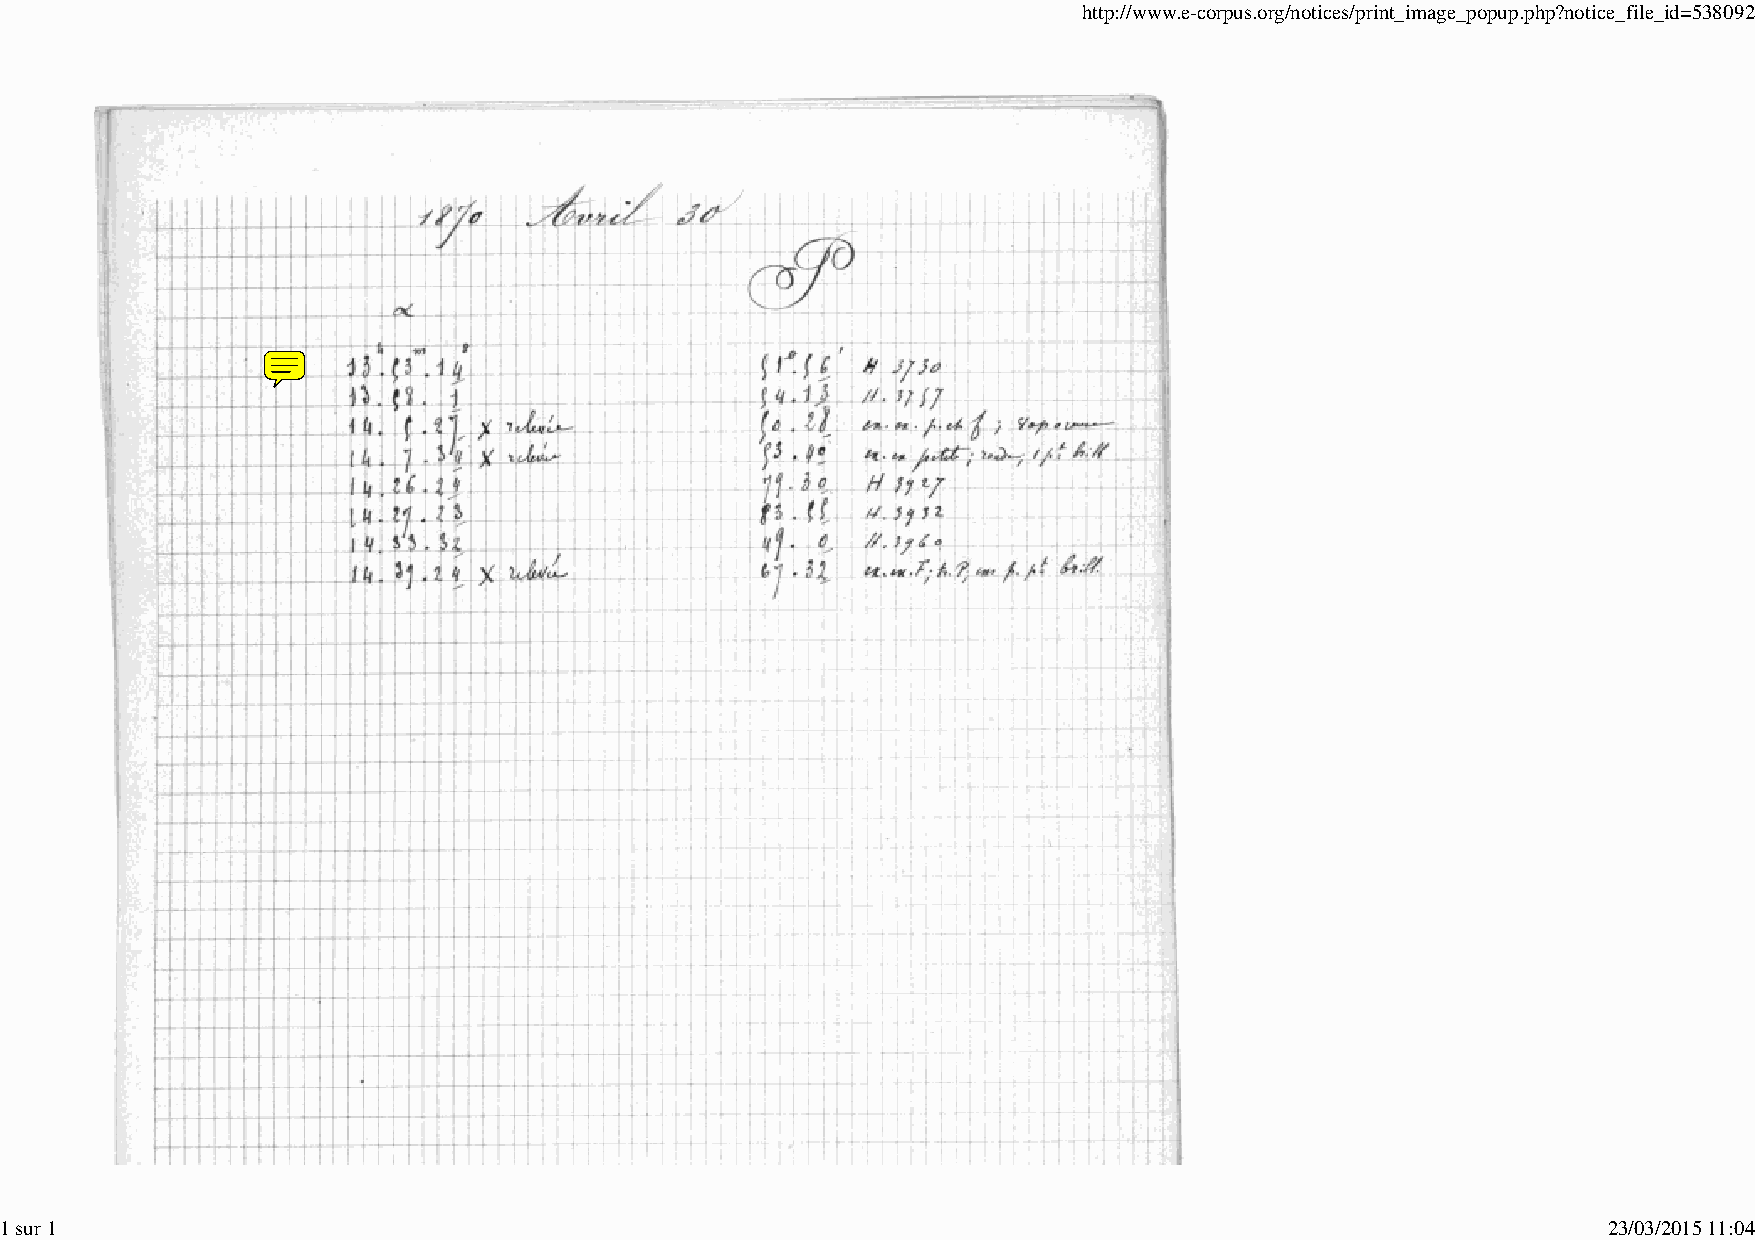
http://www.e-corpus.org/notices/print_image_popup.php?notice_file_id=538092
 1 sur 1                                                                                                   23/03/2015 11:04